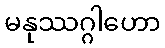
မနုဿဂ္ဂါဟော